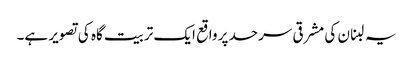
یہ لبنان کی مشرقی سرحد پر واقع ایک تربیت گاہ کی تصویر ہے۔